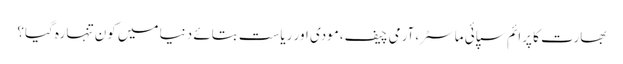
بھارت کا پرائم سپائی ماسٹر،آرمی چیف،مودی اور ریاست بتائے دنیا میں کون تنہا رہ گیا؟